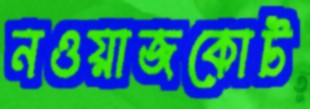
নওয়াজকোট